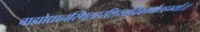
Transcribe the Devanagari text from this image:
बाह्योद्यानस्थितहरशिरश्चंद्रिकाधौतहर्म्या।।